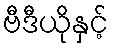
ဗီဒီယိုနှင့်